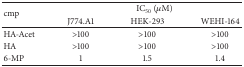
<table><thead><tr><td rowspan="2"><b>cmp</b></td><td colspan="3"><b>IC<sub>50</sub> (<i>μ</i>M)</b></td></tr><tr><td><b>J774.A1</b></td><td><b>HEK-293</b></td><td><b>WEHI-164</b></td></tr></thead><tbody><tr><td>HA-Acet</td><td>&gt;100</td><td>&gt;100</td><td>&gt;100</td></tr><tr><td>HA</td><td>&gt;100</td><td>&gt;100</td><td>&gt;100</td></tr><tr><td>6-MP</td><td>1</td><td>1.5</td><td>1.4</td></tr></tbody></table>